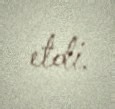
etdi.